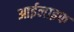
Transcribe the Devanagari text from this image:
आईलाइफ